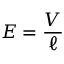
E = { \frac { V } { \ell } }